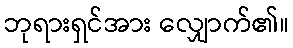
ဘုရားရှင်အား လျှောက်၏။